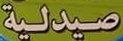
صييدلية